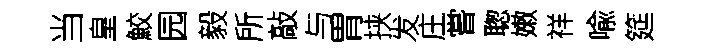
当皇鮫园毅所敲与胃挟发庄嘗聦嫩祥喩筵